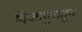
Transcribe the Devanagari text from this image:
विजापुरातून